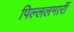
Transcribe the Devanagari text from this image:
पिल्‍ललमार्री